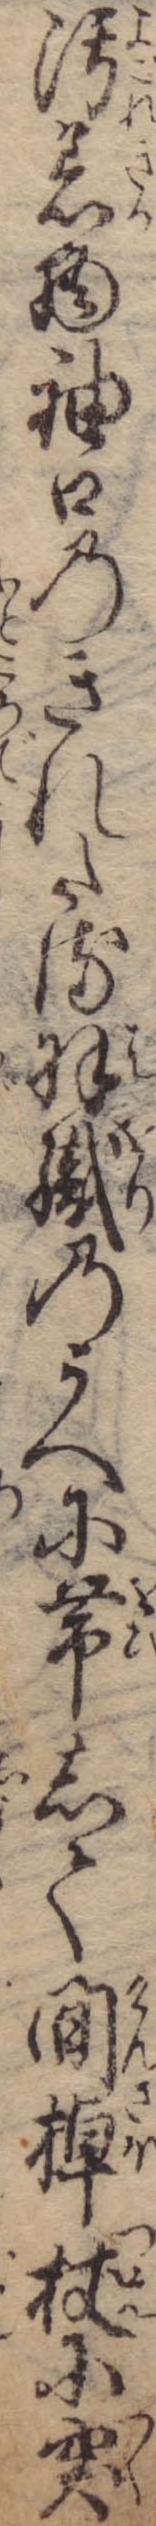
汚着物袖口のきれたる羽織のうへに帯して間棹杖に突